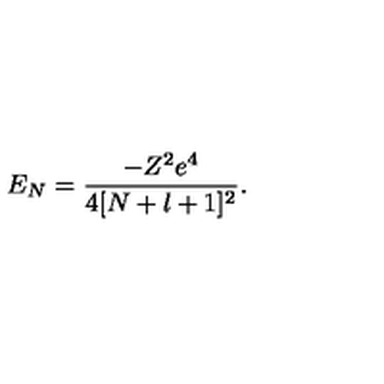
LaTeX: E _ { N } = \frac { - Z ^ { 2 } e ^ { 4 } } { 4 [ N + l + 1 ] ^ { 2 } } .